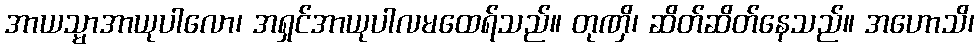
အာယသ္မာအာယုပါလော၊ အရှင်အာယုပါလမထေရ်သည်။ တုဏှိ၊ ဆိတ်ဆိတ်နေသည်။ အဟောသိ၊